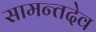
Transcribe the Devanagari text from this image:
सामन्तदेव